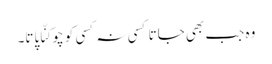
وہ جب بھی جاتا کسی نہ کسی کو چوکنّا پاتا۔